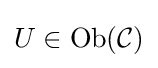
U\in {\text{Ob}}({\mathcal {C}})